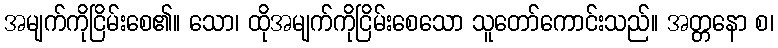
အမျက်ကိုငြိမ်းစေ၏။ သော၊ ထိုအမျက်ကိုငြိမ်းစေသော သူတော်ကောင်းသည်။ အတ္တနော စ၊